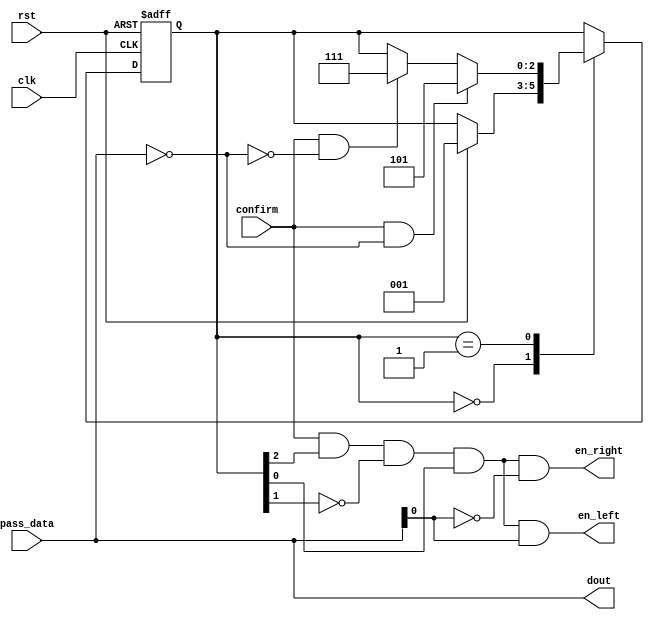
/*--  *******************************************************
--  Computer Architecture Course, Laboratory Sources 
--  Amirkabir University of Technology (Tehran Polytechnic)
--  Department of Computer Engineering (CE-AUT)
--  https://ce[dot]aut[dot]ac[dot]ir
--  *******************************************************
--  All Rights reserved (C) 2019-2020
--  *******************************************************
--  Student ID  : 9833016              9839039
--  Student Name: Amirhossein Poolad & Samin Mahdipour
--  Student Mail: 
--  *******************************************************
--  Additional Comments:
--
--*/

/*-----------------------------------------------------------
---  Module Name: FSM
---  Description: Lab 10 Part 2
-----------------------------------------------------------*/
`timescale 1 ns/1 ns

module fsm (
  input        rst , //request
  input        clk ,
  input        confirm ,
  input  [3:0] pass_data ,
  output       en_left ,
  output       en_right ,
  output [3:0] dout
);

  /* write your code here */
  reg [2:0] state;
  parameter init = 3'b000, active = 3'b001, request = 3'b101, trap = 3'b111;
  parameter password = 4'b0000;
  always @(posedge clk or negedge rst)
    begin
      if(~rst) state <= init;
      else
        case (state)
          init: 
            if(rst) state <= active;
          active: 
            if(confirm && pass_data == password) 
              state <= request;
          else if (confirm && ~(pass_data == 4'b000)) state <= trap;
          //request: 
          //if(confirm && (pass_data[0] == 1'b0)) begin en_left = 1'b0; en_right = 1'b1; end 
          //else if (confirm && (pass_data[0] == 1'b1)) begin en_left = 1'b1; en_right = 1'b0; end
        endcase
    end
  assign en_left = confirm&state[2]&(~state[1])&state[0]&pass_data[0];
  assign en_right = confirm&state[2]&(~state[1])&state[0]&(~pass_data[0]);
  assign dout = pass_data;
  /* write your code here */

endmodule